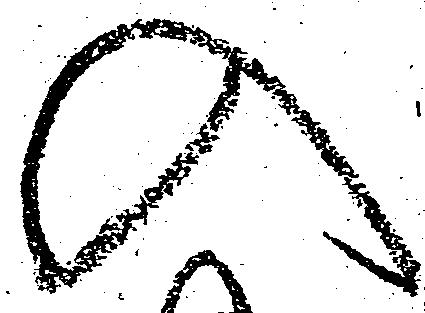
入